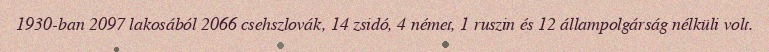
1930-ban 2097 lakosából 2066 csehszlovák, 14 zsidó, 4 német, 1 ruszin és 12 állampolgárság nélküli volt.